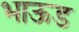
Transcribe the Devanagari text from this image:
भाऊड